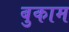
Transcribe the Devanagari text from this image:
बुकाम